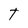
Character: t